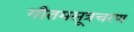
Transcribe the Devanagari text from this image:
गौतमसूत्रचरण